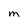
Character: M